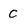
Character: c